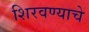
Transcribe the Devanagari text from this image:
शिरवण्याचे